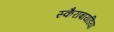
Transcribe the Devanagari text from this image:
स्कैराबायडिया